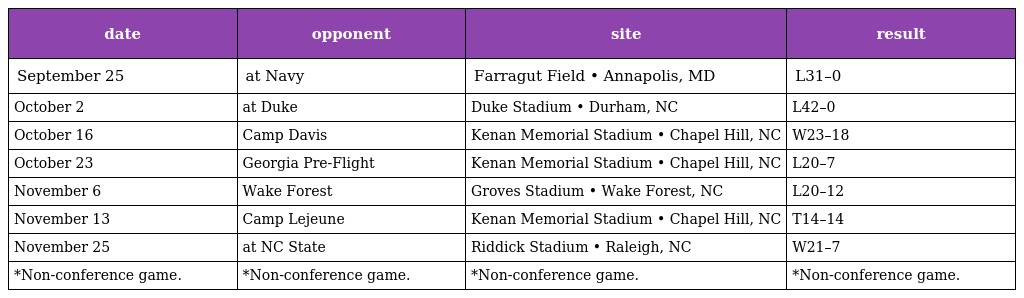
| date | opponent | site | result |
 | --- | --- | --- | --- |
 | September 25 | at Navy | Farragut Field • Annapolis, MD | L31–0 |
 | October 2 | at Duke | Duke Stadium • Durham, NC | L42–0 |
 | October 16 | Camp Davis | Kenan Memorial Stadium • Chapel Hill, NC | W23–18 |
 | October 23 | Georgia Pre-Flight | Kenan Memorial Stadium • Chapel Hill, NC | L20–7 |
 | November 6 | Wake Forest | Groves Stadium • Wake Forest, NC | L20–12 |
 | November 13 | Camp Lejeune | Kenan Memorial Stadium • Chapel Hill, NC | T14–14 |
 | November 25 | at NC State | Riddick Stadium • Raleigh, NC | W21–7 |
 | *Non-conference game. | *Non-conference game. | *Non-conference game. | *Non-conference game. |